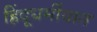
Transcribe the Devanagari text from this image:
हिंदूधर्मीयात